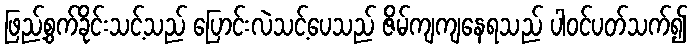
ဖြည့်စွက်ခိုင်းသင့်သည် ပြောင်းလဲသင့်ပေသည် ဇိမ်ကျကျနေရသည် ပါဝင်ပတ်သက်၍